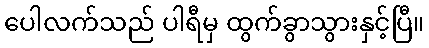
ပေါလက်သည် ပါရီမှ ထွက်ခွာသွားနှင့်ပြီ။